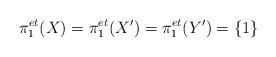
LaTeX: \begin{align*}\pi_1^{et}(X)=\pi_1^{et}(X^{\prime})=\pi_1^{et}(Y^{\prime})=\{1\}\end{align*}